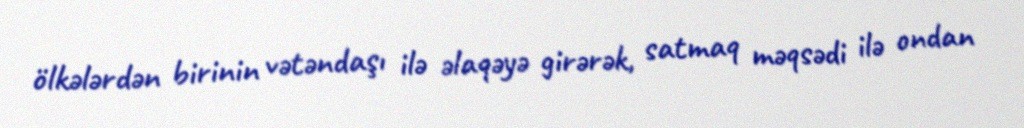
ölkələrdən birinin vətəndaşı ilə əlaqəyə girərək, satmaq məqsədi ilə ondan